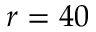
r = 4 0